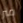
متر